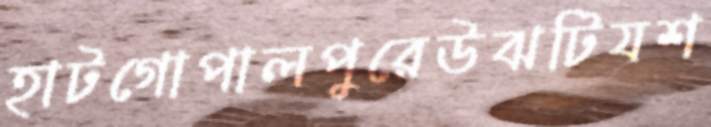
হাটগোপালপুরেউঝটিযশ